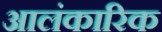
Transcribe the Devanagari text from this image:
आलंकारिक